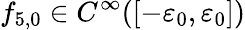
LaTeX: {f}_{5,0}\in C^{\infty}([-\varepsilon_{0},\varepsilon_{0}])